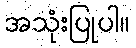
အသုံးပြုပါ။